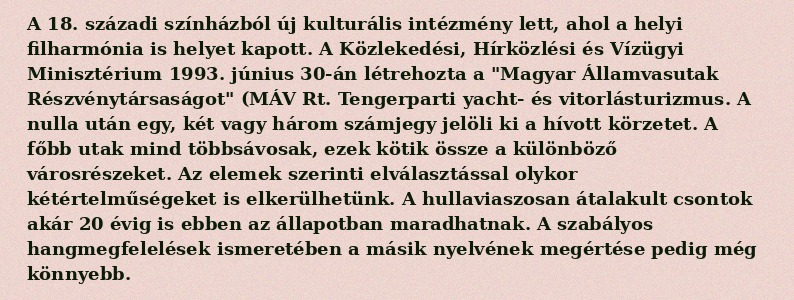
A 18. századi színházból új kulturális intézmény lett, ahol a helyi filharmónia is helyet kapott. A Közlekedési, Hírközlési és Vízügyi Minisztérium 1993. június 30-án létrehozta a "Magyar Államvasutak Részvénytársaságot" (MÁV Rt. Tengerparti yacht- és vitorlásturizmus. A nulla után egy, két vagy három számjegy jelöli ki a hívott körzetet. A főbb utak mind többsávosak, ezek kötik össze a különböző városrészeket. Az elemek szerinti elválasztással olykor kétértelműségeket is elkerülhetünk. A hullaviaszosan átalakult csontok akár 20 évig is ebben az állapotban maradhatnak. A szabályos hangmegfelelések ismeretében a másik nyelvének megértése pedig még könnyebb.